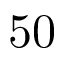
5 0